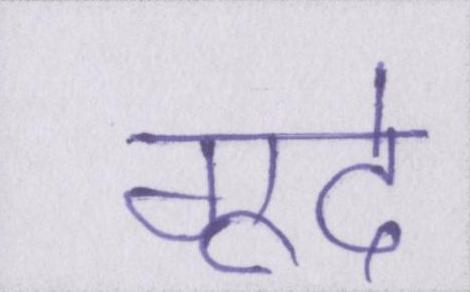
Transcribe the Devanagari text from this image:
गूदे